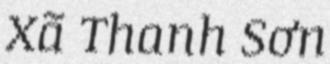
Xã Thanh Sơn